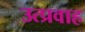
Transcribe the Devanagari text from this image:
उत्प्रवाह